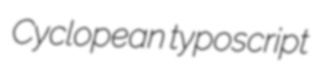
Cyclopean typoscript